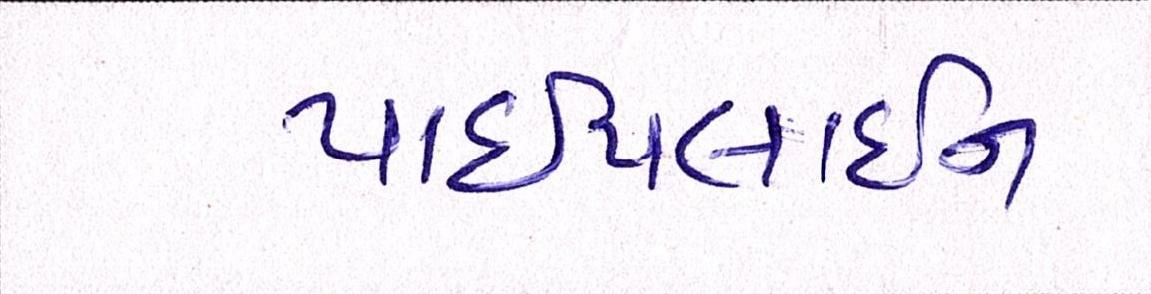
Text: પાઈપલાઈન